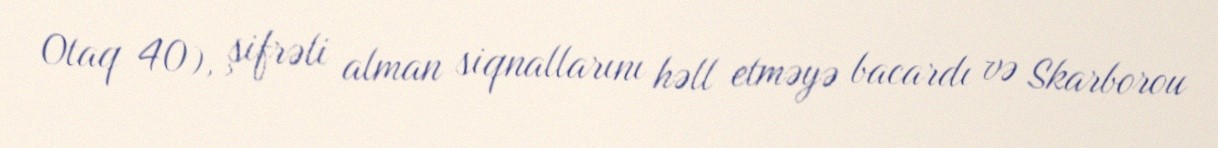
Otaq 40), şifrəli alman siqnallarını həll etməyə bacardı və Skarborou